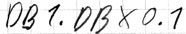
Text: DB1.DBX0.1